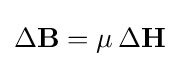
\Delta \mathbf {B} =\mu \,\Delta \mathbf {H}